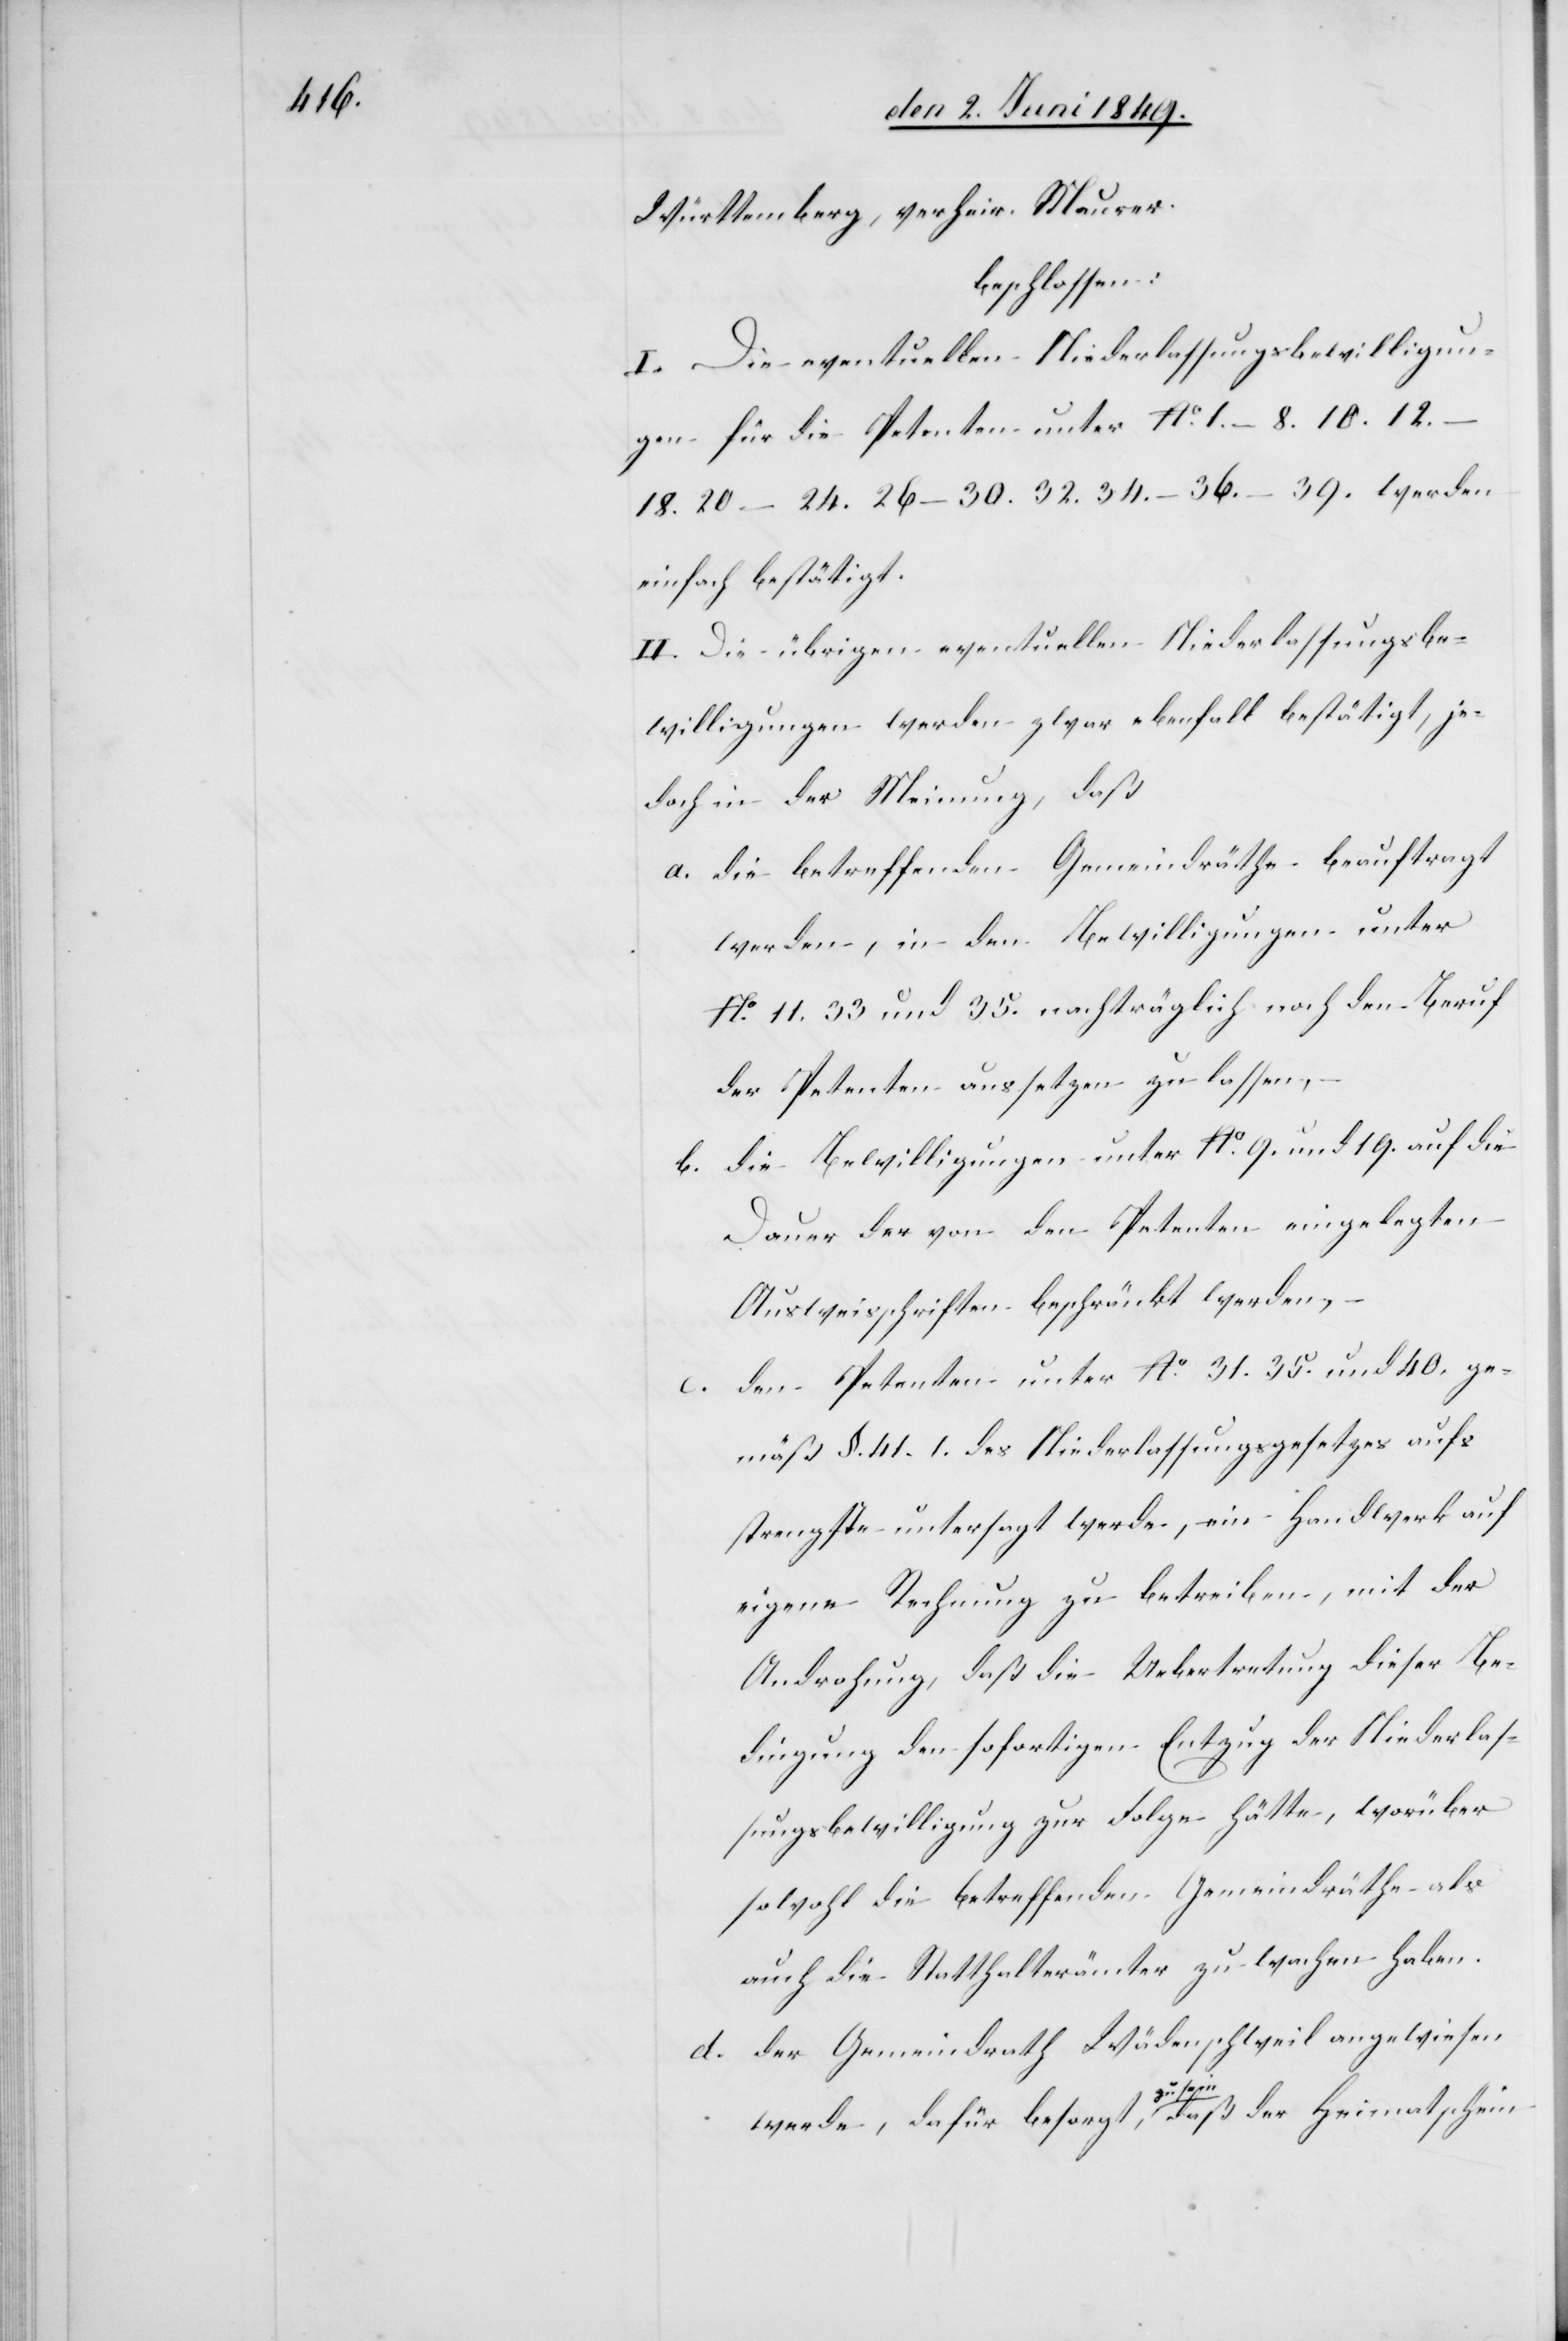
Württemberg, verheir. Maurer.
beschlossen:
I. Die eventuellen Niederlassungsbewilligun¬
gen für die Petenten unter No 1.–8. 10. 12.–18.
20–24. 26–30. 32. 34.–36.–39. werden
einfach bestätigt.
II. Die übrigen eventuellen Niederlassungsbe¬
willigungen werden zwar ebenfall[s] bestätigt, je¬
doch in der Meinung, daß
a. die betreffenden Gemeindräthe beauftragt
werden, in den Bewilligungen unter
No 11. 33. und 35. nachträglich noch den Beruf
der Petenten aufsetzen zu lassen,
b. die Bewilligungen unter No 9. und 19. auf die
Dauer der von den Petenten eingelegten
Ausweisschriften beschränkt werden, –
den Petenten unter No 31. 35. und 40. ge¬
mäß §. 41.1. des Niederlassungsgesetzes aufs
strengste untersagt werde, ein Handwerk auf
eigene Rechnung zu betreiben, mit der
Androhung, daß die Uebertretung dieser Be¬
dingung den sofortigen Entzug der Niederlas¬
sungsbewilligung zur Folge hätte, worüber
sowohl die betreffenden Gemeindräthe als
auch die Statthalterämter zu wachen haben.
d. der Gemeindrath Wädenschweil angewiesen
werde, dafür besorgt zu sein, daß der Heimatschein